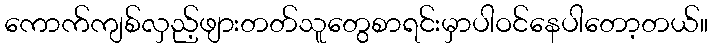
ကောက်ကျစ်လှည့်ဖျားတတ်သူတွေစာရင်းမှာပါဝင်နေပါတော့တယ်။